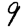
Digit: 9